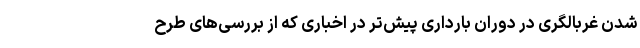
شدن غربالگری در دوران بارداری پیش‌تر در اخباری که از بررسی‌های طرح